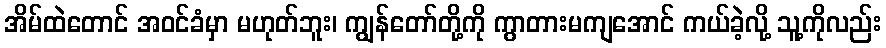
အိမ်ထဲတောင် အဝင်ခံမှာ မဟုတ်ဘူး၊ ကျွန်တော်တို့ကို ကွာတားမကျအောင် ကယ်ခဲ့လို့ သူ့ကိုလည်း